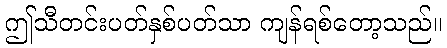
ဤသီတင်းပတ်နှစ်ပတ်သာ ကျန်ရစ်တော့သည်။